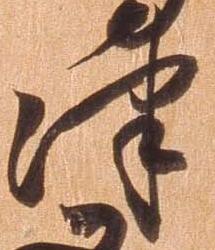
津